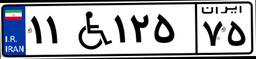
۰۷W۷۷۳۴۰